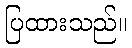
ပြထားသည်။